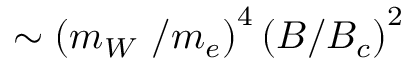
\sim \left( m _ { W } \, \, / m _ { e } \right) ^ { 4 } \left( B / B _ { c } \right) ^ { 2 }